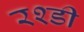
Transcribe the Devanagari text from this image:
रश्डी